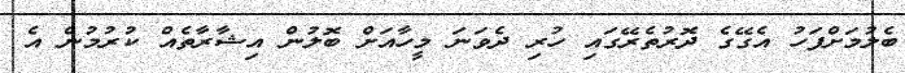
ބެލުމަށްފަހު އެގޭގެ ދޮރުތެރޭގައި ހުރި ދެވަނަ މީހާއަށް ބޮލުން އިޝާރާތެއް ކުރުމުން އެ